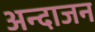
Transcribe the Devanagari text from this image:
अन्दाजन